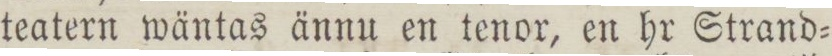
teatern wäntas ännu en tenor, en hr Strand=